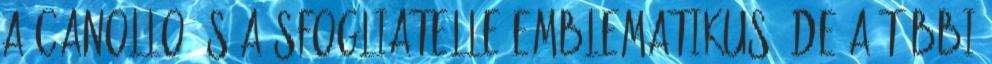
a canollo és a sfogliatelle emblematikus, de a többi